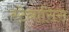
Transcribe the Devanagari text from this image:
स्टेनासिस